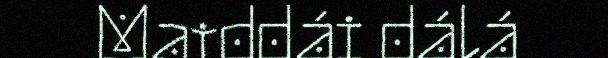
Maiddái dálá